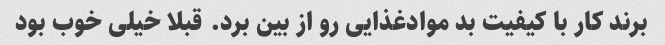
برند کار با کیفیت بد موادغذایی رو از بین برد. قبلا خیلی خوب بود